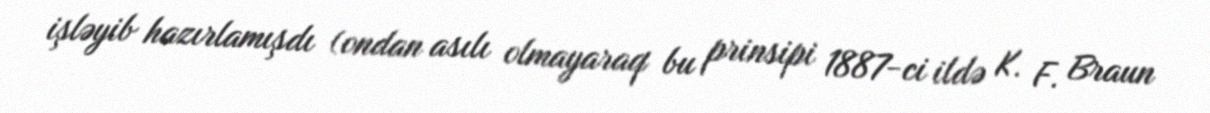
işləyib hazırlamışdı (ondan asılı olmayaraq bu prinsipi 1887-ci ildə K. F. Braun